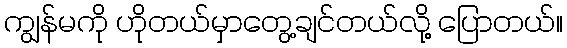
ကျွန်မကို ဟိုတယ်မှာတွေ့ချင်တယ်လို့ ပြောတယ်။